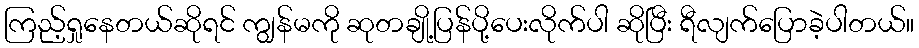
ကြည့်ရှုနေတယ်ဆိုရင် ကျွန်မကို ဆုတချို့ပြန်ပို့ပေးလိုက်ပါ ဆိုပြီး ရီလျက်ပြောခဲ့ပါတယ်။